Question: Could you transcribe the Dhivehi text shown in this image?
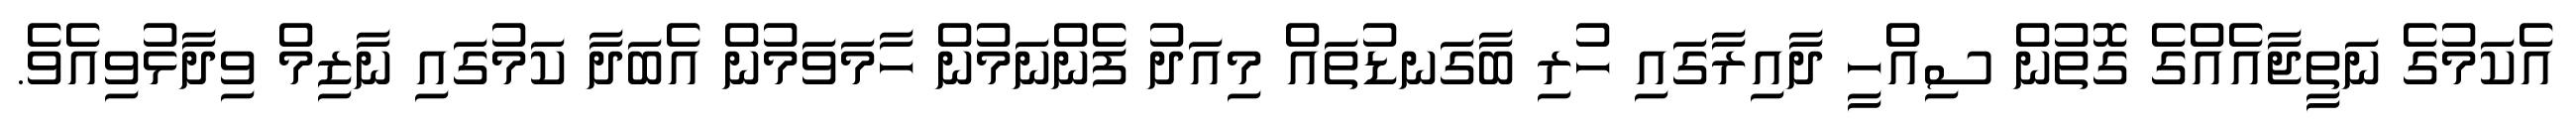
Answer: އެކަމުގެ ނަތީޖާއެއްގެ ގޮތުން ސިއްހީ ދާއިރާގައި ހުރި ބާގަނޑުތައް މިއަދު ފެންނަމުން ހާމަވަމުން އެބަދާ ކަމުގައި ނާޒިމް ވިދާޅުވިއެވެ.